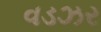
વડઝર